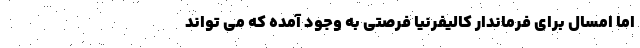
اما امسال برای فرماندار کالیفرنیا فرصتی به وجود آمده که می تواند